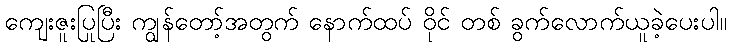
ကျေးဇူးပြုပြီး ကျွန်တော့်အတွက် နောက်ထပ် ဝိုင် တစ် ခွက်လောက်ယူခဲ့ပေးပါ။